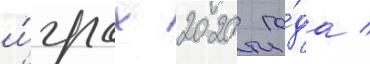
и́грах 2020 го́да /